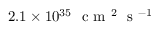
2 . 1 \times 1 0 ^ { 3 5 } \ \textrm { c m } ^ { 2 } \ \textrm { s } ^ { - 1 }